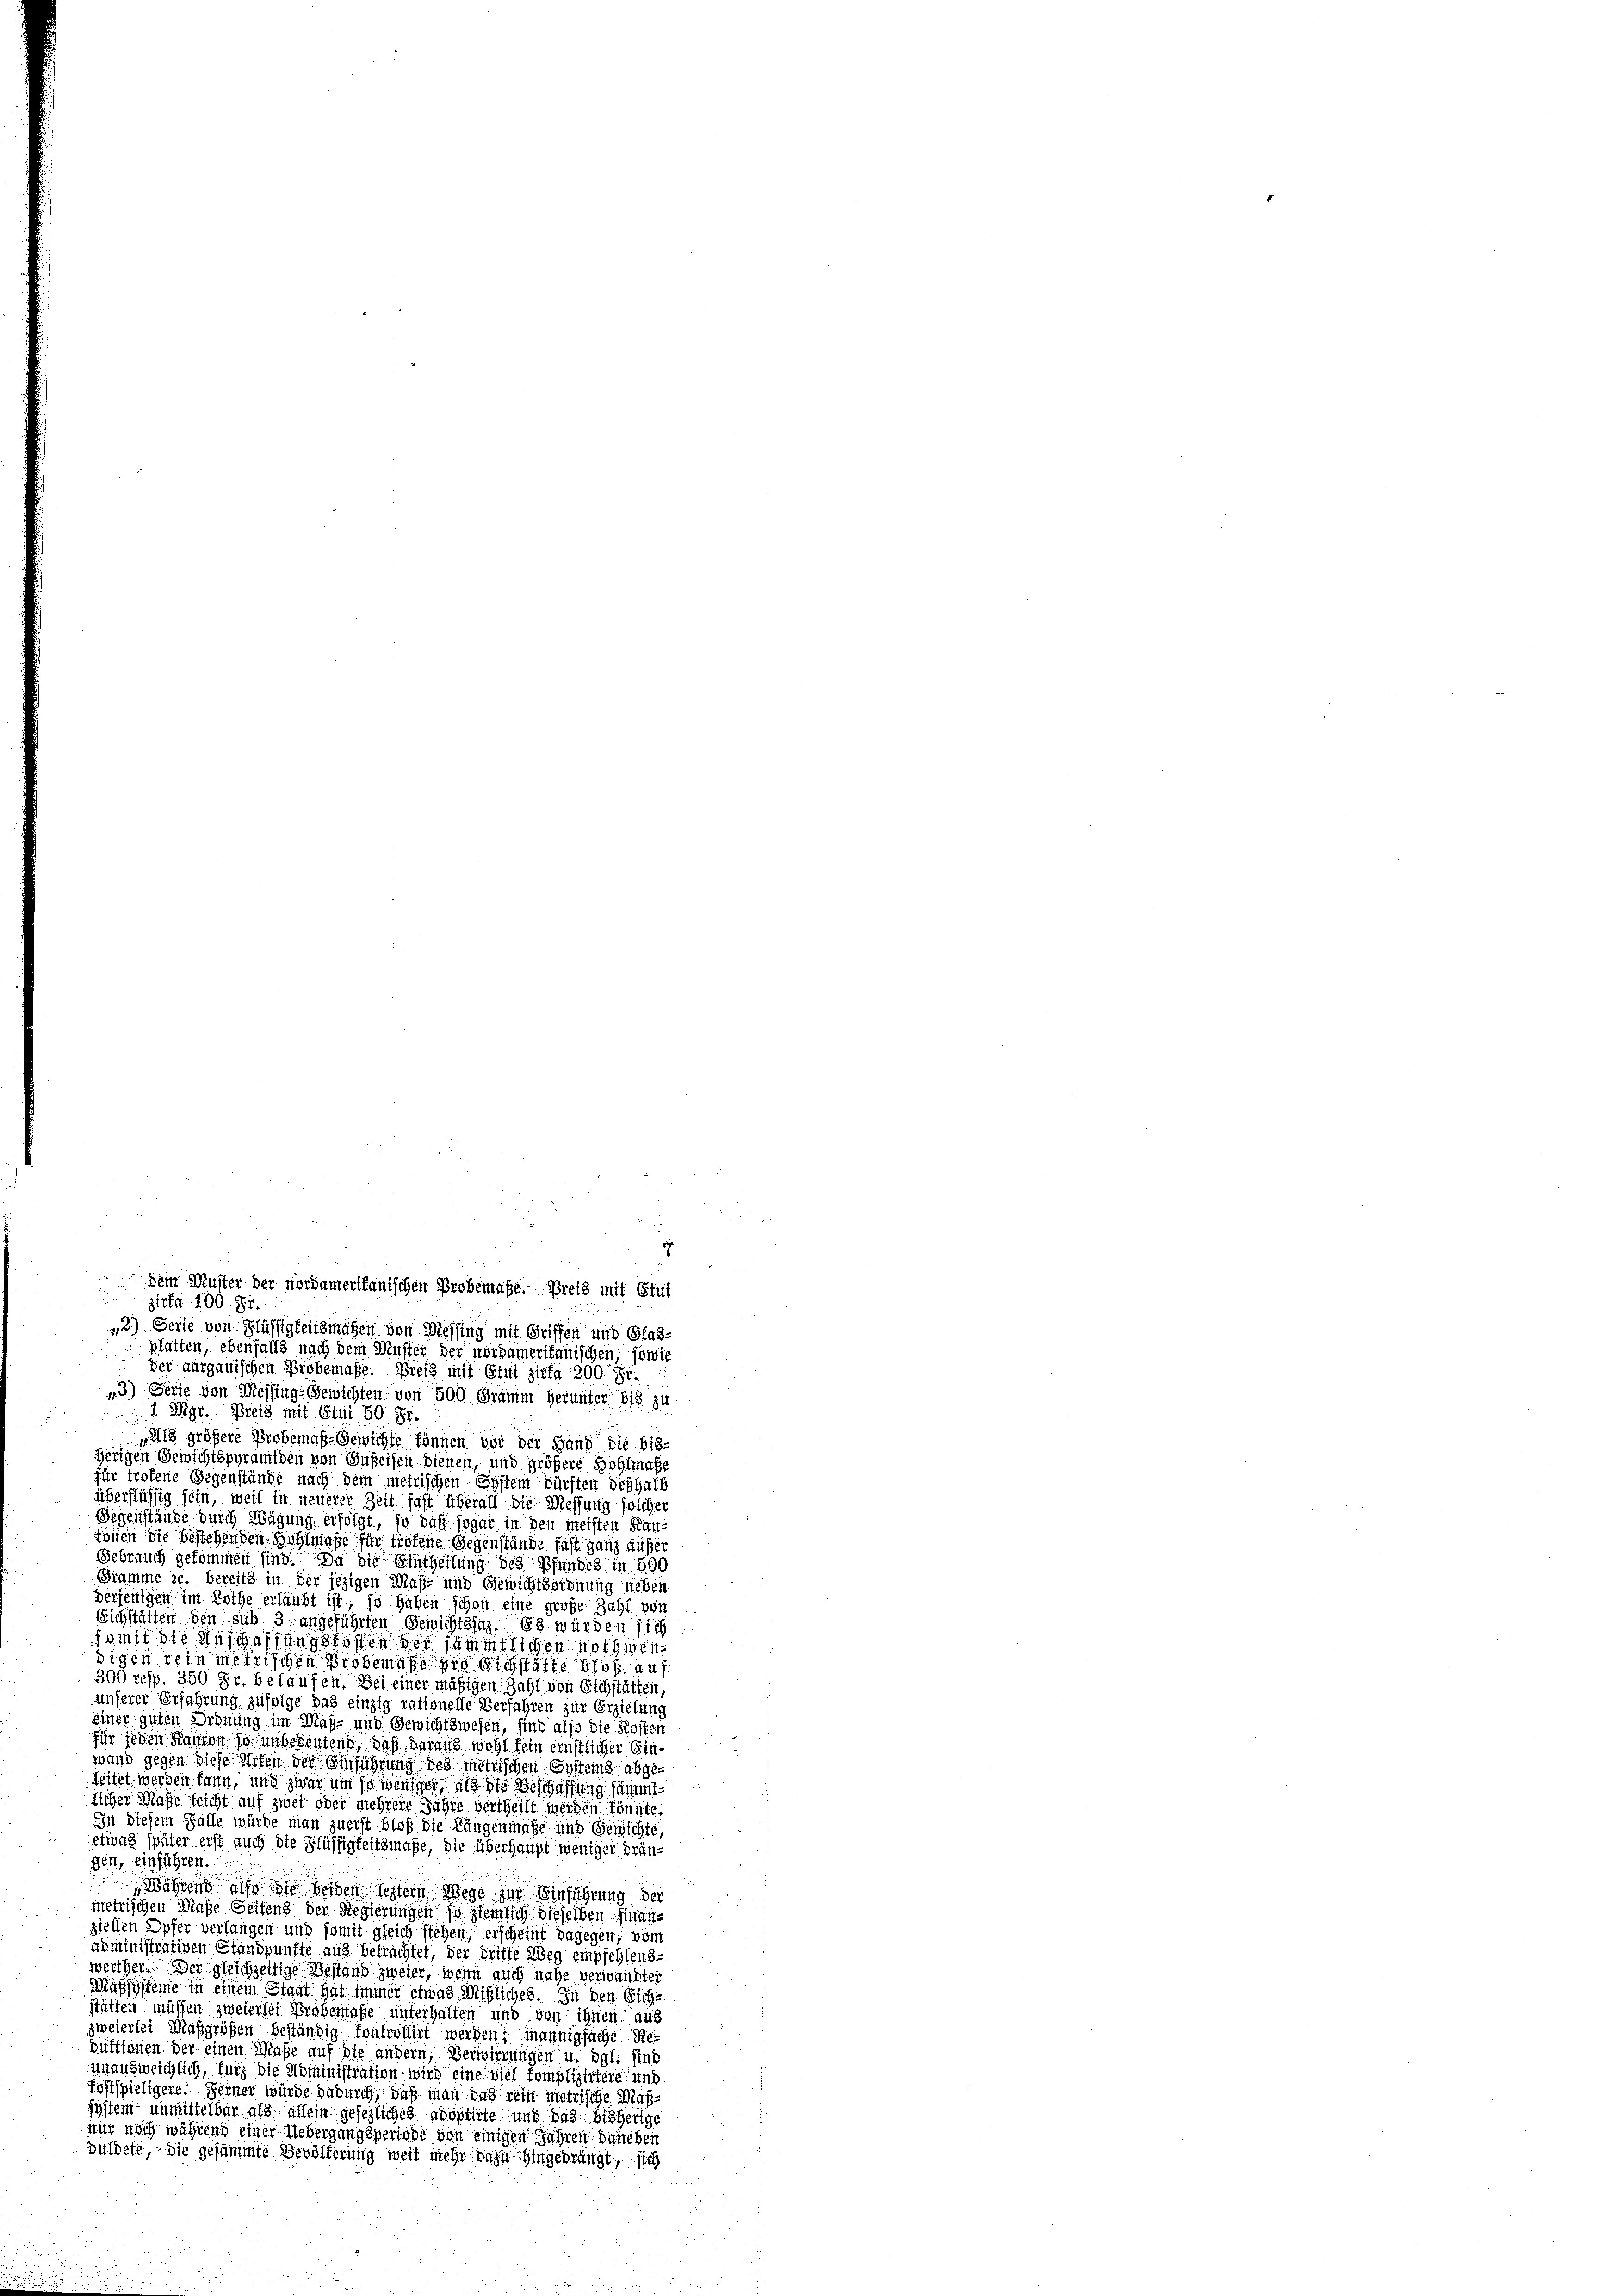
¬
zirka 100. 81.
2) Ferie von Flüssigkeitsmaßen von Messing mit Griffen und Glas-
platten, ebenfalls nach dem Muster der nordameritanischen, sowie
u
der aargauischen Probemasse. Breis mit Stui zirka 200 Fr.
*3) Serie von Messing Gewichten von 500 Gramm herunter bis zu
 Mgr. Preis mit Etui 50. Fr.
l größere Probemaß-Gewichte können vor der Hand die bis-
herigen Gewichtspyramiden von Guseisen dienen, und größere Wohlmache
für troffene Gegenstände nach dem metrischen System dürften deshalb
überstüssig sein, weil in neuerer Zeit fast überall die Messung solcher
Gegenstände durch Wägung erfolgt, so daß sogar in den meisten Kanrönen die bestehenden Wohlmaße für tretene Gegenstände fast ganz außer
Schrauch gekommen sind. Da die Eintheilung des Pfundes in 500
Gramme c. bereits in der jezigen Maß- und Gewichtsordnung neben
derjenigen im Rothe erlaubt ist, so haben schon eine große Zahl von
Eichstätten den sub 3 angeführten Gewichtsfaz. Es würden sich
somit die Anschaffungskosten der sämmtlichen nothwendigen rein meirischen Probemato pro sie statte blos auf
300 resp. 350 Fr. belaufen. Sei einer mäßigen Zahl von Eichstätten,
unserer Erfahrung zufolge das einzig rationelle Verfahren zur Erzielung
einer guten Ordnung im Maß- und Gewichtswesen, sind also die Kosten
für jeden Kanton so unbedeutend daß daraus wohl kein ernstlicher Ein
wand gegen diese Arten der Einführung des Metrischen Systems abge¬
Seitet werden kann, und zwar um so weniger als die Beschaffung sämmt
licher Maße leicht auf zwei oder mehrere Jahre vertheilt werden könnte.
In diesem Falle würde man zuerst bloß die Längenmaße und Gewichte,
etwas später erst auch die Flüssigkeitsmaße, die überhaupt weniger drün-
gen einführen.
Während ist sie beiden festern Wege zur Einsichtung der
metrischen Maße Seitens der Regierungen so ziemlich dieselben findus
ziellen Opfer verlangen und somit gleich stehen, erscheint dagegen, vom
administrativen Standpunkte aus betrachtet, der dritte Weg empfehlens-
werther. Der gleichzeitige Bestand zweier, wenn auch nahe verwandter
Mußsysteme in einem Staat hat immer etwas Mißliches. In den Sichstätten müssen zweierlei Probemaße unterhalten und von ihnen aus
zweierlei Maßgrößen beständig kontrollirt werden, mannigfache Reduktionen der einen Maße auf die andern, Verwirrungen u. dgl. sind
unausweichlich, für die Administration wird eine viel komplizirtere und
Postspieligere. Ferner würde dadurch, daß man das rein metrische Maßsystem unmittelbar als allein gesezliches Adoptirte und das bisherige
Nur noch während einer Uebergangsperiode von einigen Jahren daneben
hüldete, die gesammte Bevölkerung weit mehr dazu hingedrängt, sich

dem Muster der nordamerikanischen Probemaße. Preis mit Stui